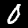
Digit: 0